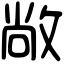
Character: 敞